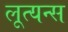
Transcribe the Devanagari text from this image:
लूत्यन्स